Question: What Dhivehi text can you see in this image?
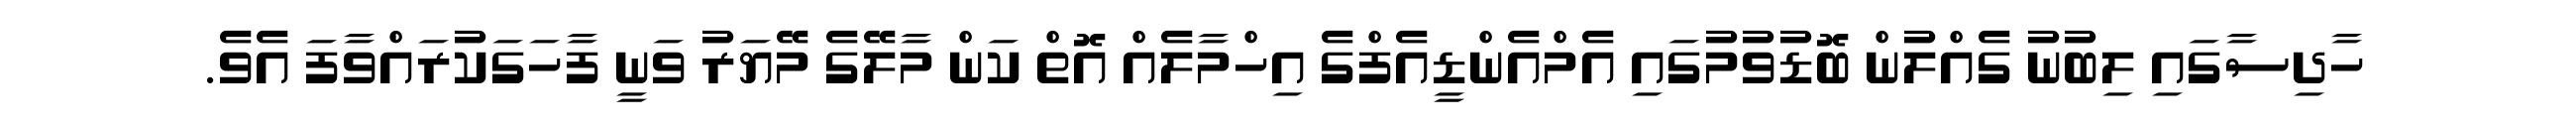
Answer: ހާދިސާގައި ލިބުނު ގެއްލުން ބޮޑުވުމުގައި އެމްއެންޑީއެފްގެ އިހްމާލެއް އޮތް ކަން މާލޭގެ މޭޔަރު ވަނީ ފާހަގަކުރައްވާފަ އެވެ.